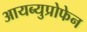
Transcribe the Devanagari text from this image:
आयब्युप्रोफेन